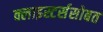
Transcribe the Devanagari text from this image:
क्लाइस्टर्ससोबत